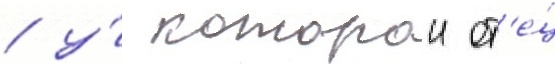
/ у́ которои от'е́ц